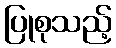
ပြုစုသည့်